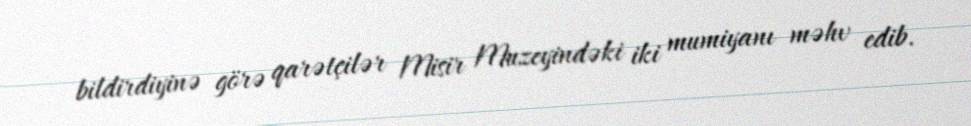
bildirdiyinə görə qarətçilər Misir Muzeyindəki iki mumiyanı məhv edib.